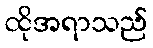
ထိုအရာသည်